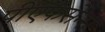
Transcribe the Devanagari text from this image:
पीएफसेन्स